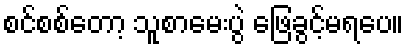
စင်စစ်တော့ သူစာမေးပွဲ ဖြေခွင့်မရပေ။